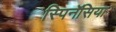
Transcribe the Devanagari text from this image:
स्पिनॅसिया